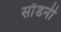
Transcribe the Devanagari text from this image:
साँडनी